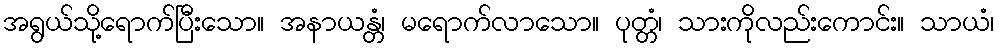
အရွယ်သို့ရောက်ပြီးသော။ အနာယန္တံ၊ မရောက်လာသော။ ပုတ္တံ၊ သားကိုလည်းကောင်း။ သာယံ၊